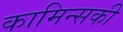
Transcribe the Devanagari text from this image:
कामिन्सकी